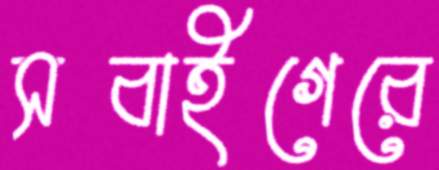
সবাইগেরে